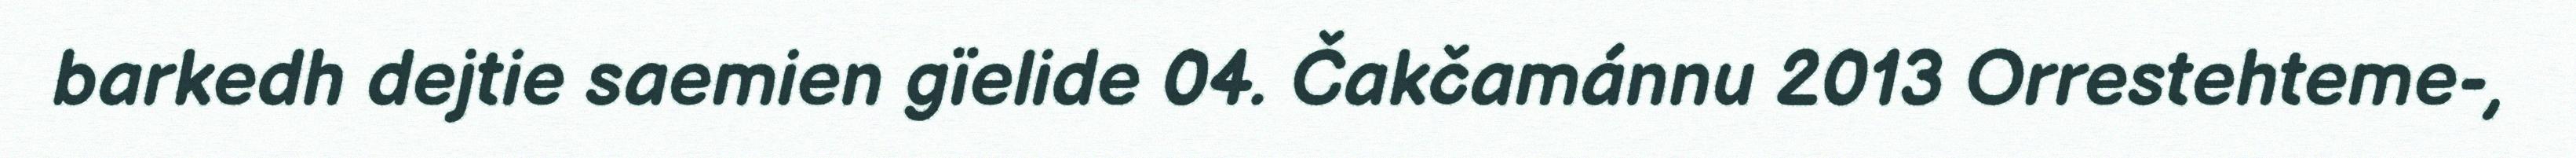
barkedh dejtie saemien gïelide 04. Čakčamánnu 2013 Orrestehteme-,